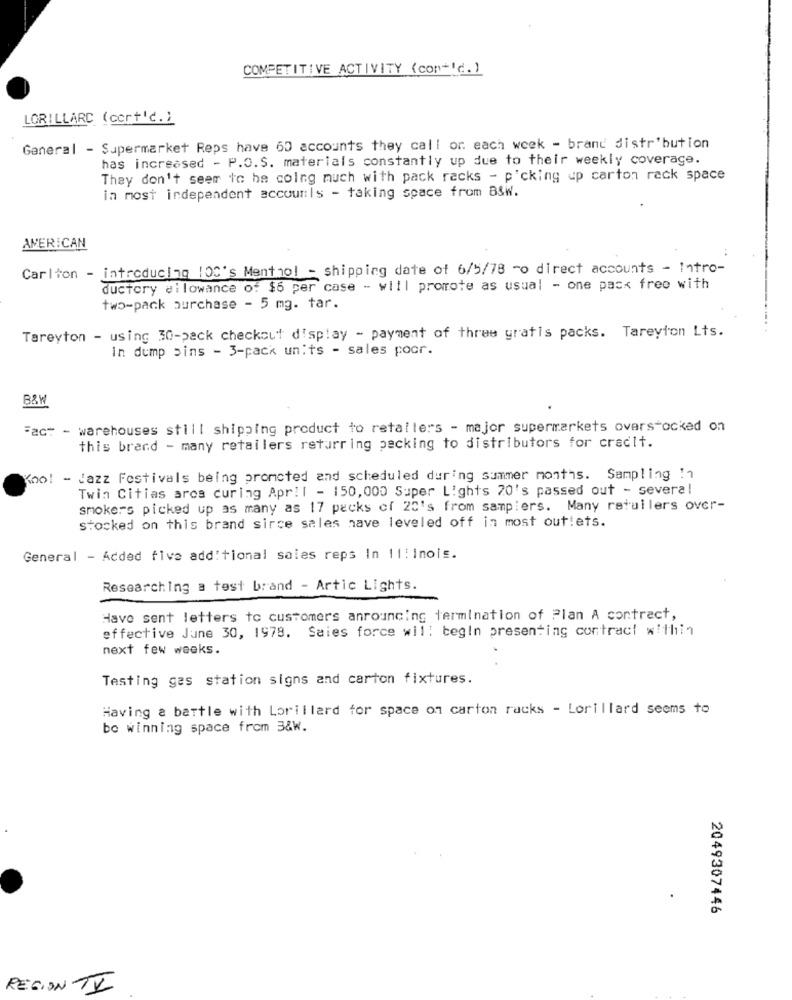
COMPETITIVE ACTIVITY (cont'd.)
LORILLARD (cort'd.)
General - Supermarket Reps have 60 accounts they call or each week - brand distribution
has increased - P.O.S. materials constantly up due to their weekly coverage.
They don't seem to he colng much with pack racks - p'cking up carton rack space
in most independent accounts - taking space from B&W.
AMERICAN
Carlton - introducing 100's Menthol - shipping date of 6/5/78 -o direct accounts - Intro-
ductory allowance of $6 per case - will promote as usual - one pack free with
two-pack purchase - 5 mg. tar.
Tareyton - using 30-pack checkout display - payment of three gratis packs. Tareyton Lts.
In dump bins - 3-pack units - sales poor.
B&W
Fact - warehouses still shipping product to retailers - major supermarkets ovarstocked on
this brand - many retailers returring packing to distributors for credit.
woo! - Jazz Festivals being promoted and scheduled during summer months. Sampling !1
Twin Cities arcs curing Apr!l - 150,000 Super Lights 20's passed out - several
smokers picked up as many as 17 packs of 20's from samplers. Many retailers over-
stocked on this brand sirce sales nave leveled off in most out!ets.
General - Added five additional sales reps In 11! inois.
Researching a test brand - Artic Lights.
Have sent letters to customers anrouncing termination of Plan A contract,
effective June 30, 1978. Saies force will begin presenting contract within
next few weeks.
Testing gas station signs and carton fixtures.
Having a battle with Lorillard for space on carton racks - Lorillard seems to
be winning space from 3&W.
2049307446
REGION TX